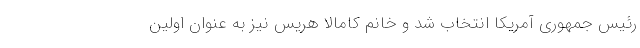
رئیس جمهوری آمریکا انتخاب شد و خانم کامالا هریس نیز به عنوان اولین